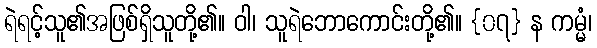
ရဲရင့်သူ၏အဖြစ်ရှိသူတို့၏။ ဝါ၊ သူရဲဘောကောင်းတို့၏။ {၀၇} န ကမ္မံ၊